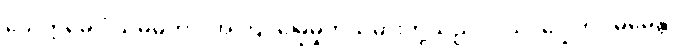
ယေဣမေ ဝံသဓမကာ၊ အကြင်မြွေမှုတ်သမားတို့သည်။ ဝံသံ၊ ပြွေကို။ ဓမေန္တိ၊